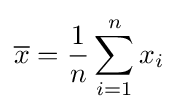
{\overline {x}}={1 \over {n}}\sum _{i=1}^{n}x_{i}